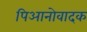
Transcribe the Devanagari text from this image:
पिआनोवादक